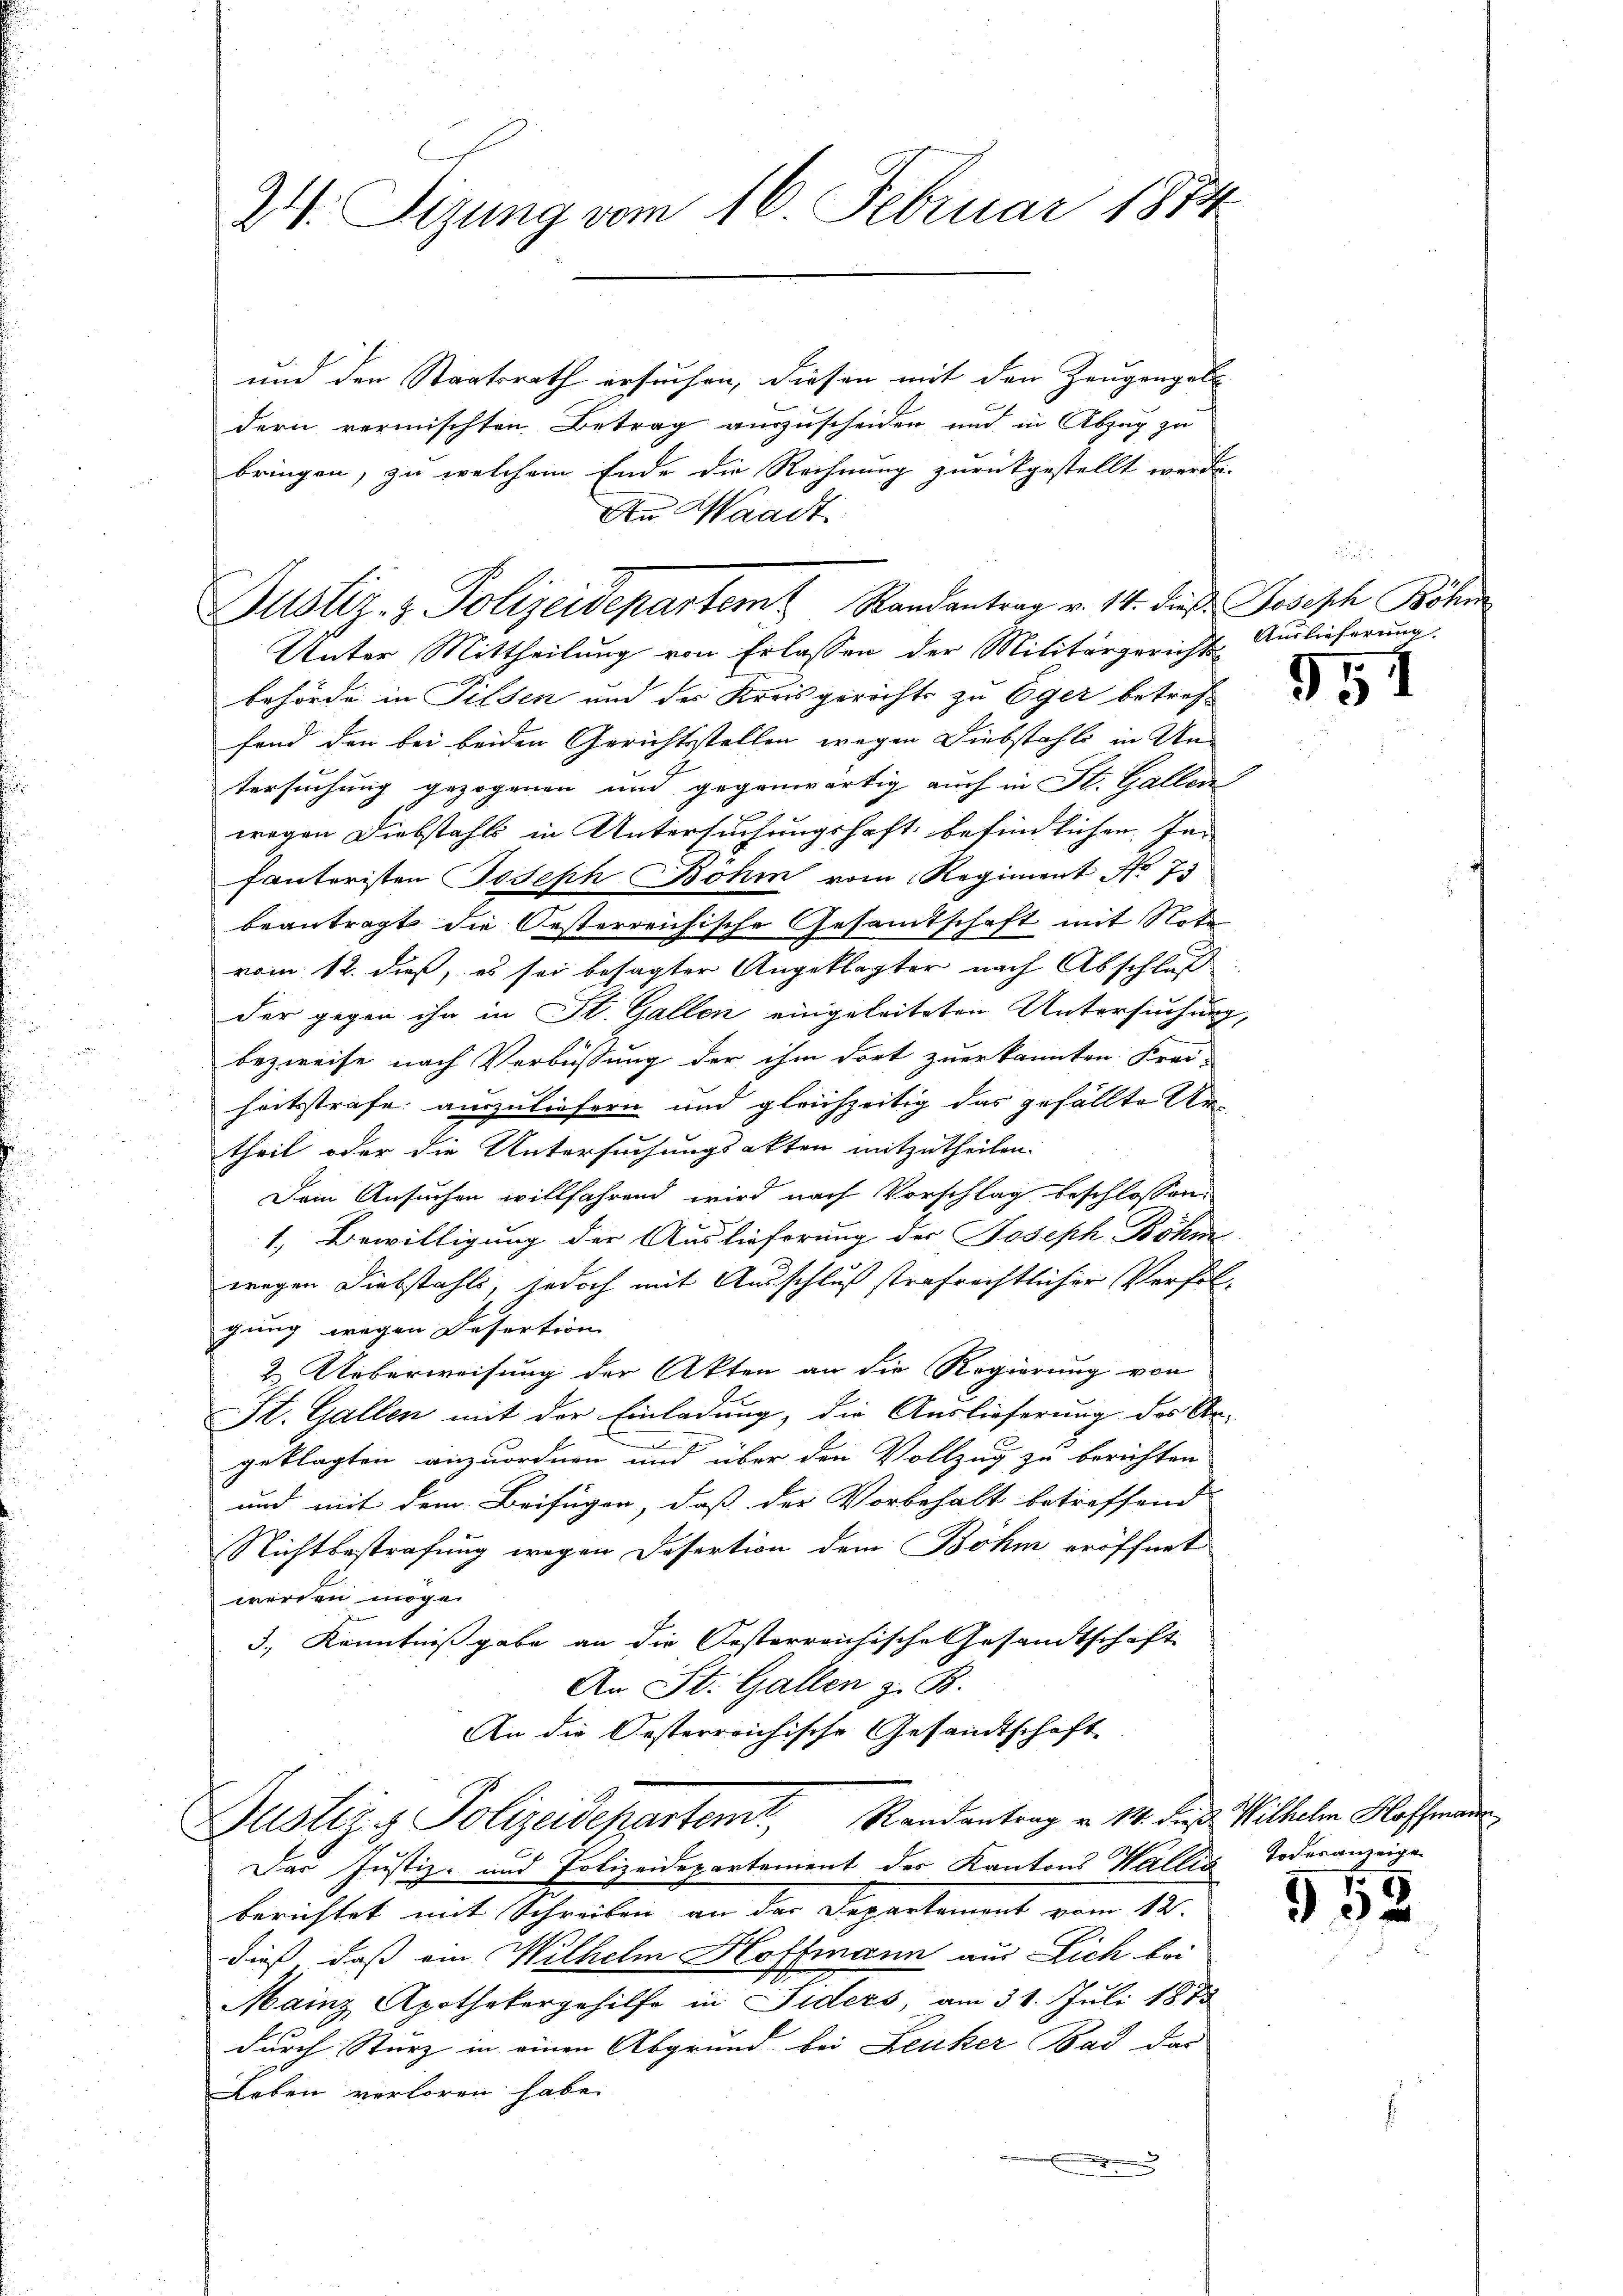
24. Sizung vom 16. Februar 1874

Justiz- & Polizeidepartem Randantrag v. 14. dieß. Jobisch Böhm

und den Staatsrath ersuchen, diesen mit den Zeugengel
dern vermischten Betrag auszuscheiden und in Abzug zu
bringen, zu welchem Ende die Rechnung zurückgestellt werde.
An Waadt

Unter Mittheilung von Erlassen der Militärgerichts
behörde in Pilsen und der Kreisgerichts zu Eger betref
fand den bei beiden Gerichtsstellen wegen Diebstahli in Untersuchung gezogenen und gegenwärtig auch in St. Gallen
wegen Diebstahls in Untersuchungshaft befindlichen Infanteristen Joseph Böhm vom Regiment No 73
beantragt die Oesterreichische Gesamtschaft mit Note
vom 12. dieß, es sei besagter Angeklagter nach Abschluß
der gegen ihn in St. Gallen eingeleiteten Untersuchung,
bezweife nach Verbüssung der ihm dort zuerkannten Krei-
heitsstrafe auszuliefern und gleichzeitig das gefällte Artheil oder die Untersuchungsakten mitzutheilen.
Dein Ansuchen willfahrend wird nach Vorschlag beschlossen:
1. Bewilligung der Auslieferung der Joseph Böhme
wegen Diebstahls, jedoch mit Ausschluß strafrechtlicher Verfolgung wegen Resertion
2. Ueberweisung der Akten an die Regierung von
St. Gallen mit der Einladung, die Auslieferung des Ar-
und
geklagten anzuordnen und über den Vollzug zu berichten
und mit dem Beifügen, daß der Vorbehalt betreffend |
Nichtbestrafung wegen Desertion dem Böhm eröffnet
werden möge.
3.) Kenntnißgabe an die Oesterreichische Gesandtschaft
An St. Gallen z. B.
An die Oesterreichische Gesandtschaft
Justizs Polizeidepartemt, Randantrag v. 14. Fuß. Wilhelm Hoffman
Das Justiz- und Polizeidepartement des Kantons Wallis Todesanzeige
berichtet mit Schreiben an der Departemont vom 12.
dieß, daß ein Wilhelm Hoffmann aus Dich bei
Mainz Apothekergehilfe in Siders, am 31. Juli 1873
durch Sturz in einen Abgrund bei Leuker Bad das
Leben verloren habe.
x

.
Auslieferung.

951

952